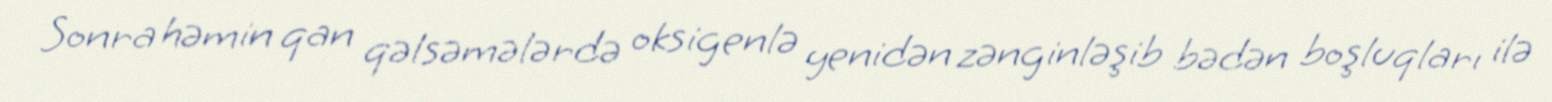
Sonra həmin qan qəlsəmələrdə oksigenlə yenidən zənginləşib bədən boşluqları ilə